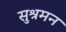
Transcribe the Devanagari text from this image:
सुश्रमन